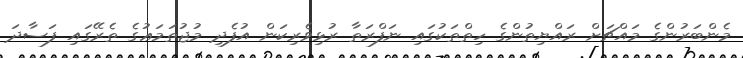
މެންބަރުންގެ މައްޗަށް ރައްޔިތުންގެ ހިތްތަކުގައި ނަފްރަތާ ރުޅިވެރިކަން އުފެދި މުޖުތަމަޢުގެ ތެރޭގައި ފަސާދަ